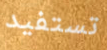
تستفيد